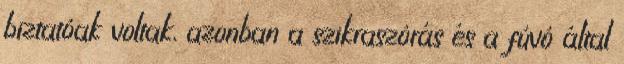
biztatóak voltak, azonban a szikraszórás és a fúvó által